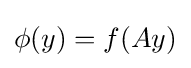
\phi (y)=f(Ay)